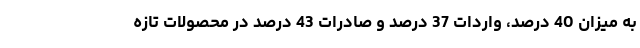
به میزان 40 درصد، واردات 37 درصد و صادرات 43 درصد در محصولات تازه